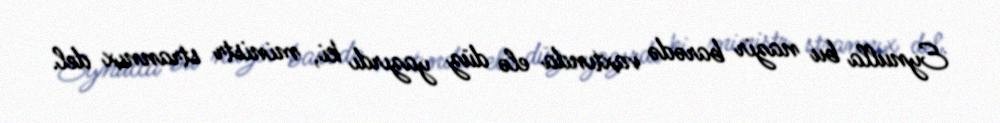
Eynulla bu nazir barədə vaxtında elə düz yazırdı ki, ministr strannıx del.